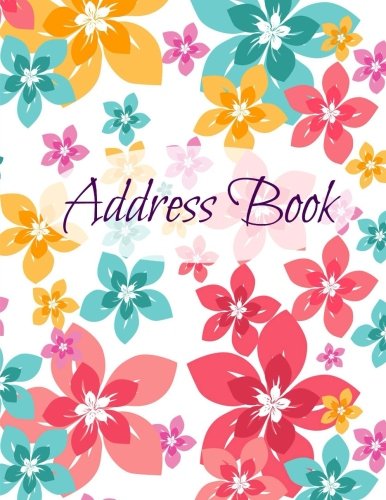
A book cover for Address Book (Large Paperback Address Books) (Volume 72); Creative Journals; Business & Money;